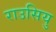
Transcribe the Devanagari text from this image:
राउसियु